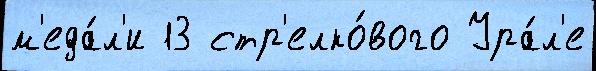
м'еда́л'и 13 стр'елко́вого Ура́л'е